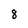
Character: 8